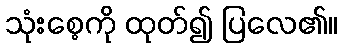
သုံးစေ့ကို ထုတ်၍ ပြလေ၏။